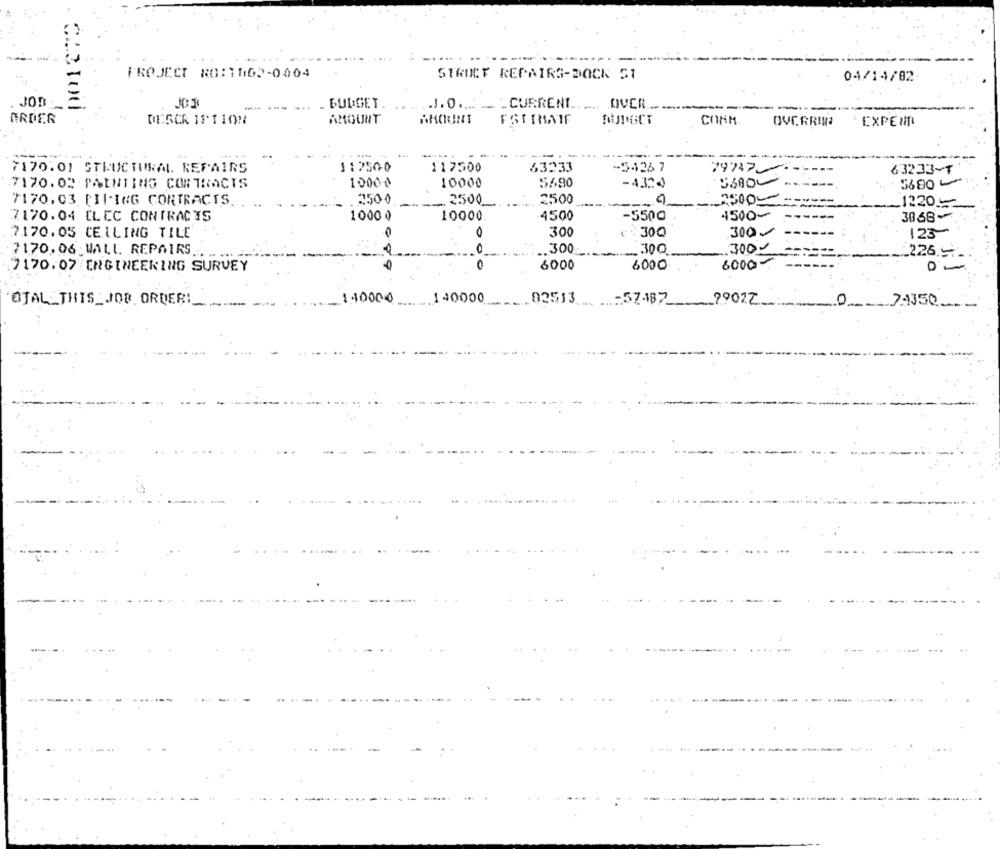
.... .
PROJECT 80:1102-0004
STRIKT REPAIRS-DOCK ST
04/14/02
JOB
-----
BUDGET.
.J.O ... ... CURRENT ...... OVER ...
--
ARDER
DESCR IF1108
AMOUNT
AKOONT
NUDOCT
CONM.
OVERRINNA
EXPENTI
7170.01 STRUCTURAL REPAIRS
11750-0
117500
53233
-5426 7
797475
63233-7
7170.02 .PAINTING CONTRACTS
10000
10000
5690
-4324
5680 -
7170.03 [II-ING CONTRACTS. . ..
2500
2500
2500
2500-
1220-
7170.04 CLEC CONTRACTS
1000 0
10000.
4500
-5500
4500-
3868-
0
300-
7170.05 CELLING TILE
300
300
123-
300-
7170.06 WALL. REPAIRS.
0
.. 300
.30G
226 -
6000-
7170.07 ENGINEERING SURVEY
0
6000
6000
140000
140000
02513
TOTAL_THIS_JOB ORDER:
57-187
29022.
O 7A350